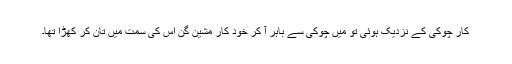
کار چوکی کے نزدیک ہوئی تو میں چوکی سے باہر آ کر خود کار مشین گن اس کی سمت میں تان کر کھڑا تھا۔